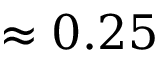
\approx 0 . 2 5